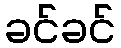
ခင်ခင်